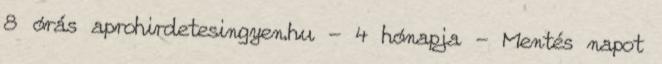
8 órás aprohirdetesingyen.hu - 4 hónapja - Mentés napot